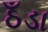
ઠઁડા